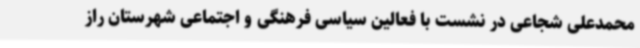
محمدعلی شجاعی در نشست با فعالین سیاسی فرهنگی و اجتماعی شهرستان راز